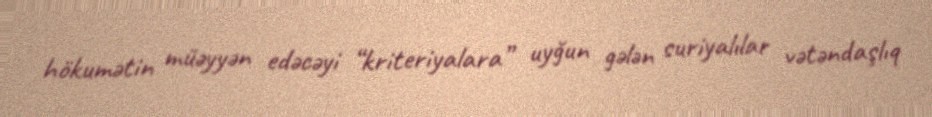
hökumətin müəyyən edəcəyi “kriteriyalara” uyğun gələn suriyalılar vətəndaşlıq